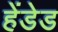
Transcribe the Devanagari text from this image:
हेंडेड